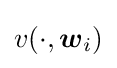
v(\cdot ,{\boldsymbol {w}}_{i})